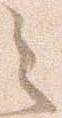
之